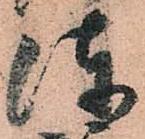
陣